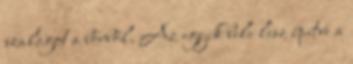
szalagot a bőrből. Az egyik bele lesz építve a